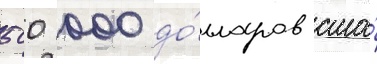
500 000 до́лларов сша́